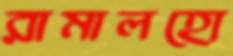
রামালহো